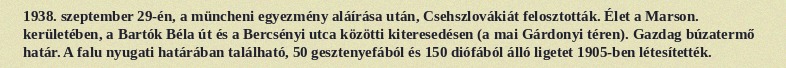
1938. szeptember 29-én, a müncheni egyezmény aláírása után, Csehszlovákiát felosztották. Élet a Marson. kerületében, a Bartók Béla út és a Bercsényi utca közötti kiteresedésen (a mai Gárdonyi téren). Gazdag búzatermő határ. A falu nyugati határában található, 50 gesztenyefából és 150 diófából álló ligetet 1905-ben létesítették.